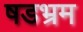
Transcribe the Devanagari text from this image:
षडभ्रम